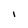
Character: i